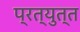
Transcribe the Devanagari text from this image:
प्रत्युत्त